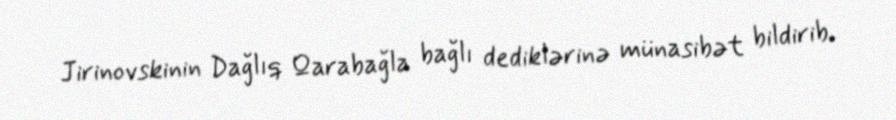
Jirinovskinin Dağlıq Qarabağla bağlı dediklərinə münasibət bildirib.